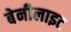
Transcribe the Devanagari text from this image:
बेनीलाइट